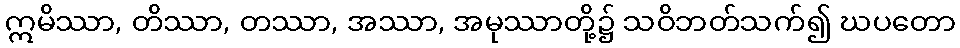
ဣမိဿာ, တိဿာ, တဿာ, အဿာ, အမုဿာတို့၌ သဝိဘတ်သက်၍ ဃပတော